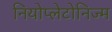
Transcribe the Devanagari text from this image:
नियोप्लेटोनिज्म